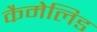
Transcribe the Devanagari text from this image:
कैमेलिड